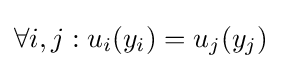
\forall i,j:u_{i}(y_{i})=u_{j}(y_{j})